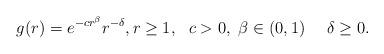
LaTeX: \begin{align*} g(r) = e^{-c r^{\beta}} r^{-\delta}, r \geq 1, \ \ c>0, \ \beta \in (0,1) \ \ \ \ \delta \geq 0.\end{align*}